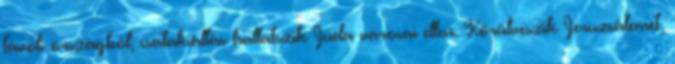
távoli országból; csatakiáltás hallatszik Júda városai ellen. Körülveszik Jeruzsálemet,